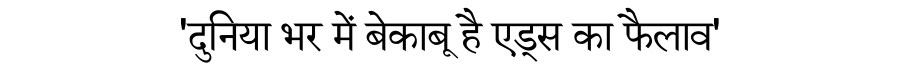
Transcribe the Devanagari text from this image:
'दुनिया भर में बेकाबू है एड्स का फैलाव'